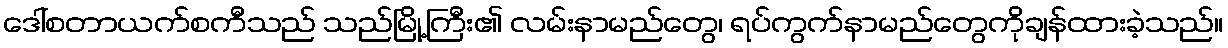
ဒေါ်စတာယက်စကီသည် သည်မြို့ကြီး၏ လမ်းနာမည်တွေ၊ ရပ်ကွက်နာမည်တွေကိုချန်ထားခဲ့သည်။